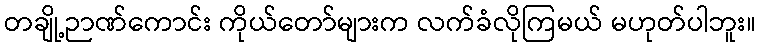
တချို့ဉာဏ်ကောင်း ကိုယ်တော်များက လက်ခံလိုကြမယ် မဟုတ်ပါဘူး။